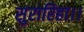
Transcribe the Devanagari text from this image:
सुरारिहा।।